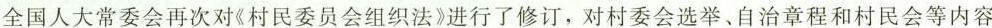
全国人大常委会再次对《村民委员会组织法》进行了修订，对村委会选举、自治章程和村民会等内容